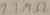
Text: 2.2MΩ